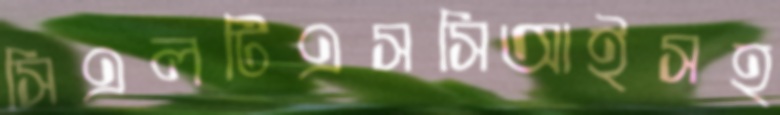
সিএলটিএসসিআইসহ